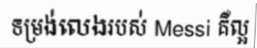
ទម្រង់លេងរបស់ Messi គឺល្អ